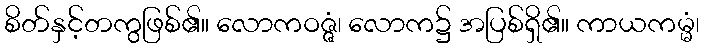
စိတ်နှင့်တကွဖြစ်၏။ လောကဝဇ္ဇံ၊ လောက၌ အပြစ်ရှိ၏။ ကာယကမ္မံ၊